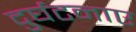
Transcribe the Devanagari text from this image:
दुर्घटनाए